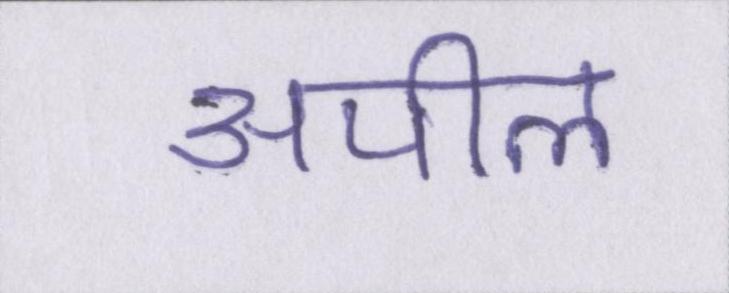
अपील